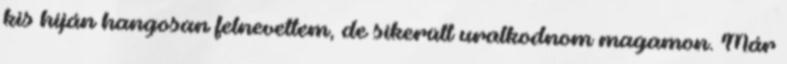
kis híján hangosan felnevettem, de sikerült uralkodnom magamon. Már